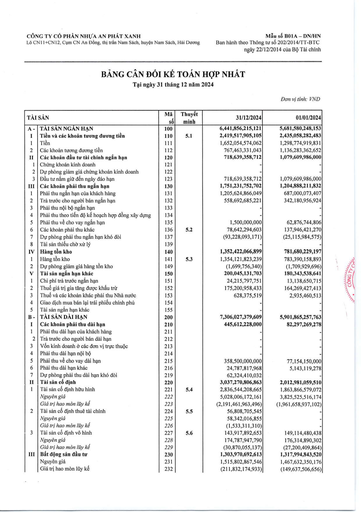
|TÀI|SẢN|Mã Số|Thuyết Minh|31/12/2024|01/01/2024| |---|---|---|---|---|---| |A|TÀI SẢN NGẮN HẠN|100||6,441,856,215,121|5,681,580,248,153| |I|Tiền và các khoản tương đương tiền|110|5.1|2,419,517,905,105|2,435,058,282,483| |1|Tiền|111||1,652,054,574,062|1,298,774,919,831| |2|Các khoản tương đương tiền|112||767,463,331,043|1,136,283,362,652| |II|Các khoản đầu tư tài chính ngắn hạn|120||718,639,358,712|1,079,609,986,000| |1|Chứng khoán kinh doanh|121|||| |2|Dự phòng giảm giá chứng khoán kinh doanh|122|||| |3|Đầu tư nắm giữ đến ngày đáo hạn|123||718,639,358,712|1,079,609,986,000| |III|Các khoản phải thu ngắn hạn|130||1,751,231,752,702|1,204,888,211,832| |1|Phải thu ngắn hạn của khách hàng|131||1,205,624,866,049|687,000,073,407| |2|Trả trước cho người bán ngắn hạn|132||558,692,685,221|342,180,956,924| |3|Phải thu nội bộ ngắn hạn|133|||| |4|Phải thu theo tiến độ kế hoạch hợp đồng xây dựng|134|||| |5|Phải thu về cho vay ngắn hạn|135||1,500,000,000|62,876,744,806| |6|Các khoản phải thu khác|136|5.2|78,642,294,603|137,946,421,270| |7|Dự phòng phải thu ngắn hạn khó đòi|137||-93,228,093,171|-25,115,984,575| |8|Tài sản thiếu chờ xử lý|139|||| |IV|Hàng tồn kho|140||1,352,422,066,899|781,680,229,197| |1|Hàng tồn kho|141|5.3|1,354,121,823,239|783,390,158,893| |2|Dự phòng giảm giá hàng tồn kho|149||-1,699,756,340|-1,709,929,696| |V|Tài sản ngắn hạn khác|150||200,045,131,703|180,343,538,641| |1|Chi phí trả trước ngắn hạn|151||24,215,797,751|13,138,650,715| |2|Thuế giá trị gia tăng được khấu trừ|152||175,200,958,433|164,269,427,413| |3|Thuế và các khoản khác phải thu Nhà nước|153||628,375,519|2,935,460,513| |4|Giao dịch mua bán lại trái phiếu chính phủ|154|||| |5|Tài sản ngắn hạn khác|155|||| |B|TÀI SẢN DÀI HẠN|200||7,306,027,379,609|5,901,865,257,763| |I|Các khoản phải thu dài hạn|210||445,612,228,000|82,297,269,278| |1|Phải thu dài hạn của khách hàng|211||0|0| |2|Trả trước cho người bán dài hạn|212|||0| |3|Vốn kinh doanh ở các đơn vị trực thuộc|213|||0| |4|Phải thu dài hạn nội bộ|214|||0| |5|Phải thu về cho vay dài hạn|215||358,500,000,000|77,154,150,000| |6|Phải thu dài hạn khác|216||24,787,817,968|5,143,119,278| |7|Dự phòng phải thu dài hạn khó đòi|219||62,324,410,032|| |II|Tài sản cố định|220||3,037,270,806,863|2,012,981,059,510| |1|Tài sản cố định hữu hình|221|5.4|2,836,544,208,665|1,863,866,579,072| ||Nguyên giá|222||5,028,006,172,161|3,825,525,516,174| ||Giá trị hao mòn lũy kế|223||-2,191,461,963,496|-1,961,658,937,102| |2|Tài sản cố định thuê tài chính|224|5.5|56,808,705,545|| ||Nguyên giá|225||58,342,016,855|| ||Giá trị hao mòn lũy kế|226||-1,533,311,310|| |3|Tài sản cố định vô hình|227|5.6|143,917,892,653|149,114,480,438| ||Nguyên giá|228||174,787,947,790|176,314,890,302| ||Giá trị hao mòn lũy kế|229||-30,870,055,137|-27,200,409,864| |III|Bất động sản đầu tư|230||1,303,970,692,613|1,317,994,843,520| ||Nguyên giá|231||1,515,802,867,546|1,467,632,350,176| ||Giá trị hao mòn lũy kế|232||-211,832,174,933|-149,637,506,656|